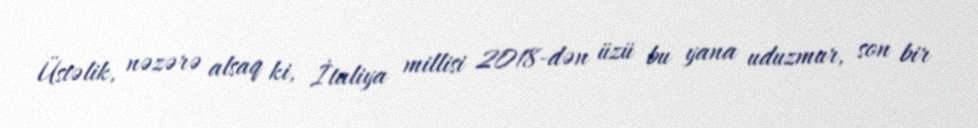
Üstəlik, nəzərə alsaq ki, İtaliya millisi 2018-dən üzü bu yana uduzmur, son bir